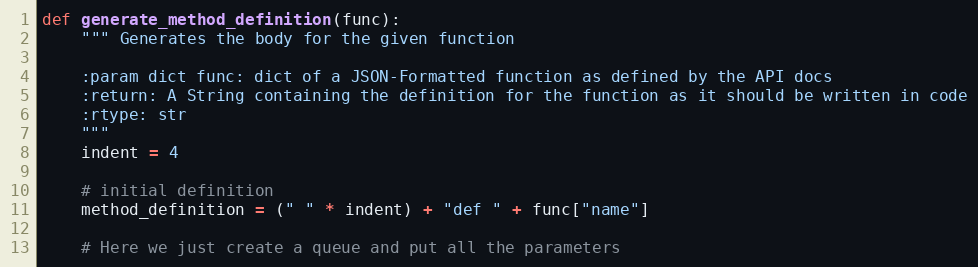
Language: Python
def generate_method_definition(func):
    """ Generates the body for the given function

    :param dict func: dict of a JSON-Formatted function as defined by the API docs
    :return: A String containing the definition for the function as it should be written in code
    :rtype: str
    """
    indent = 4

    # initial definition
    method_definition = (" " * indent) + "def " + func["name"]

    # Here we just create a queue and put all the parameters